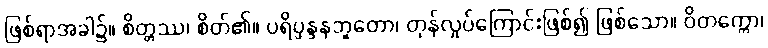
ဖြစ်ရာအခါ၌။ စိတ္တဿ၊ စိတ်၏။ ပရိပ္ဖန္ဒနဘူတော၊ တုန်လှုပ်ကြောင်းဖြစ်၍ ဖြစ်သော။ ဝိတက္ကော၊